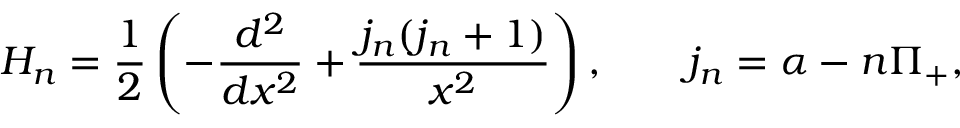
H _ { n } = \frac { 1 } { 2 } \left( - \frac { d ^ { 2 } } { d x ^ { 2 } } + \frac { j _ { n } ( j _ { n } + 1 ) } { x ^ { 2 } } \right) , \qquad j _ { n } = \alpha - n \Pi _ { + } ,